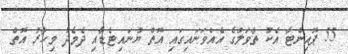
55 ޕޮއިންޓާ އެކު ތާވަލުގެ އެއްވަނައިގައި އޮތް ޔުނައިޓެޑާއި ދެމެދު މިހާރު އޮތް